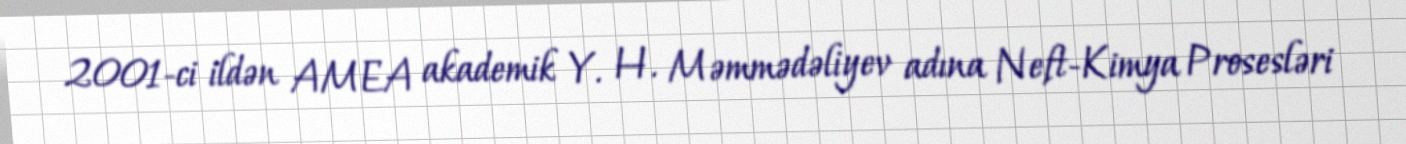
2001-ci ildən AMEA akademik Y. H. Məmmədəliyev adına Neft-Kimya Prosesləri